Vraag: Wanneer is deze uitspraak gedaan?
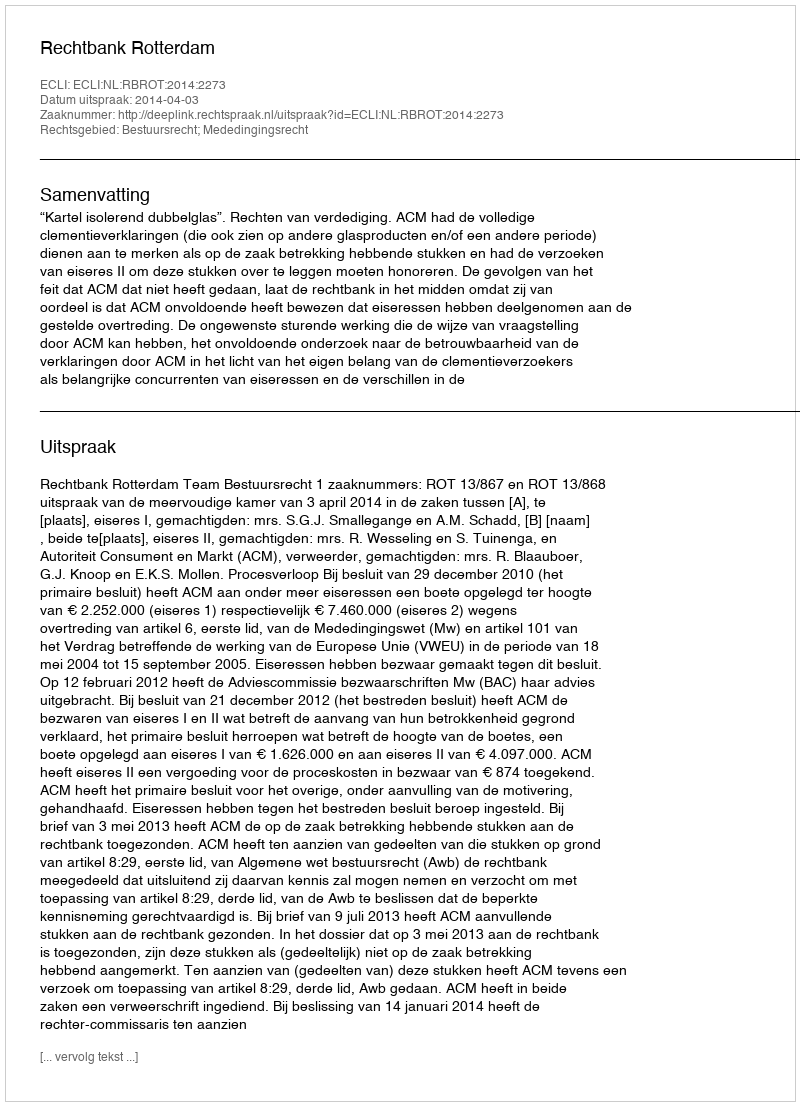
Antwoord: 2014-04-03